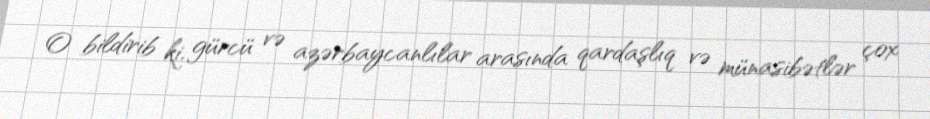
O bildirib ki, gürcü və azərbaycanlılar arasında qardaşlıq və münasibətlər çox